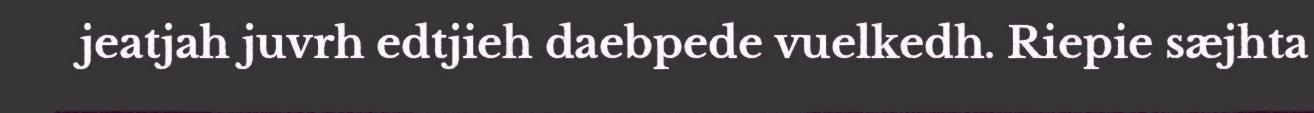
jeatjah juvrh edtjieh daebpede vuelkedh. Riepie sæjhta